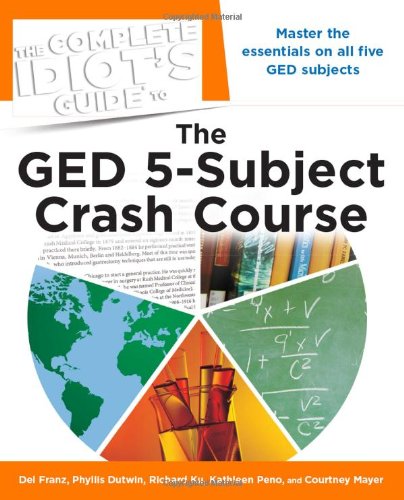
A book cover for The Complete Idiot's Guide to the GED 5-Subject Crash Course (Idiot's Guides); Kathleen Peno; Test Preparation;